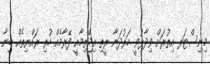
މިނިސްޓަރ އިތުރަށް ވިދާޅުވީ ހަރުދަނާ ރީތި އިޖްތިމާއީ ފޭރާމެއް ހުރި ރައްޔިތެއް ބިނާ